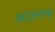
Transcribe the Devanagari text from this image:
आज़नक